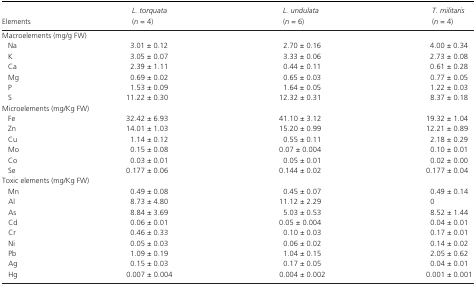
<table><thead><tr><td><b>Elements</b></td><td><b><i>L. torquata</i>(<i>n </i>=<i> </i>4)</b></td><td><b><i>L. undulata</i>(<i>n </i>=<i> </i>6)</b></td><td><b><i>T. militaris</i>(<i>n </i>=<i> </i>4)</b></td></tr></thead><tbody><tr><td colspan="4">Macroelements (mg/g FW)</td></tr><tr><td>Na</td><td>3.01 ± 0.12</td><td>2.70 ± 0.16</td><td>4.00 ± 0.34</td></tr><tr><td>K</td><td>3.05 ± 0.07</td><td>3.33 ± 0.06</td><td>2.73 ± 0.08</td></tr><tr><td>Ca</td><td>2.39 ± 1.11</td><td>0.44 ± 0.11</td><td>0.61 ± 0.28</td></tr><tr><td>Mg</td><td>0.69 ± 0.02</td><td>0.65 ± 0.03</td><td>0.77 ± 0.05</td></tr><tr><td>P</td><td>1.53 ± 0.09</td><td>1.64 ± 0.05</td><td>1.22 ± 0.03</td></tr><tr><td>S</td><td>11.22 ± 0.30</td><td>12.32 ± 0.31</td><td>8.37 ± 0.18</td></tr><tr><td colspan="4">Microelements (mg/Kg FW)</td></tr><tr><td>Fe</td><td>32.42 ± 6.93</td><td>41.10 ± 3.12</td><td>19.32 ± 1.04</td></tr><tr><td>Zn</td><td>14.01 ± 1.03</td><td>15.20 ± 0.99</td><td>12.21 ± 0.89</td></tr><tr><td>Cu</td><td>1.14 ± 0.12</td><td>0.55 ± 0.11</td><td>2.18 ± 0.29</td></tr><tr><td>Mo</td><td>0.15 ± 0.08</td><td>0.07 ± 0.004</td><td>0.10 ± 0.01</td></tr><tr><td>Co</td><td>0.03 ± 0.01</td><td>0.05 ± 0.01</td><td>0.02 ± 0.00</td></tr><tr><td>Se</td><td>0.177 ± 0.06</td><td>0.144 ± 0.02</td><td>0.177 ± 0.04</td></tr><tr><td colspan="4">Toxic elements (mg/Kg FW)</td></tr><tr><td>Mn</td><td>0.49 ± 0.08</td><td>0.45 ± 0.07</td><td>0.49 ± 0.14</td></tr><tr><td>Al</td><td>8.73 ± 4.80</td><td>11.12 ± 2.29</td><td>0</td></tr><tr><td>As</td><td>8.84 ± 3.69</td><td>5.03 ± 0.53</td><td>8.52 ± 1.44</td></tr><tr><td>Cd</td><td>0.06 ± 0.01</td><td>0.05 ± 0.004</td><td>0.04 ± 0.01</td></tr><tr><td>Cr</td><td>0.46 ± 0.33</td><td>0.10 ± 0.03</td><td>0.17 ± 0.01</td></tr><tr><td>Ni</td><td>0.05 ± 0.03</td><td>0.06 ± 0.02</td><td>0.14 ± 0.02</td></tr><tr><td>Pb</td><td>1.09 ± 0.19</td><td>1.04 ± 0.15</td><td>2.05 ± 0.62</td></tr><tr><td>Ag</td><td>0.15 ± 0.03</td><td>0.17 ± 0.05</td><td>0.04 ± 0.01</td></tr><tr><td>Hg</td><td>0.007 ± 0.004</td><td>0.004 ± 0.002</td><td>0.001 ± 0.001</td></tr></tbody></table>